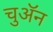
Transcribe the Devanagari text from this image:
चुअॅन